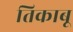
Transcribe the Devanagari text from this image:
तिकाबू